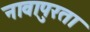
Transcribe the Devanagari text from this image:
नावापुरता